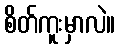
စိတ်ကူးမှာလဲ။